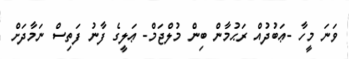
ވަނަ މީހާ -ޢަބުދުއް ރަޙުމާން ބިން މުލްޖަމް- ޢަލީގެ ފާނު ފަތިސް ނަމާދަށް